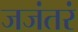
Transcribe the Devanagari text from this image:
जजंतरं